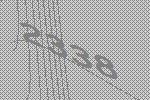
2338